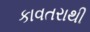
કાવતરાથી